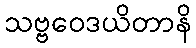
သဗ္ဗဝေဒယိတာနိ